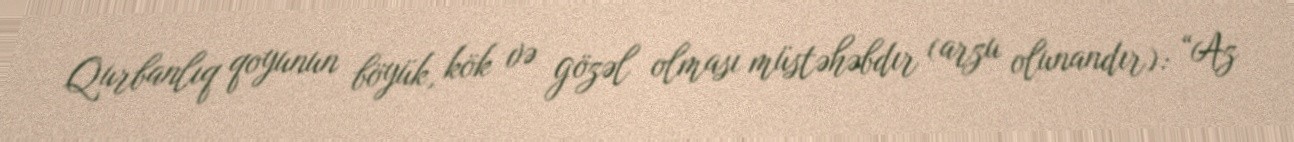
Qurbanlıq qoyunun böyük, kök və gözəl olması müstəhəbdır (arzu olunandır): “Az